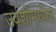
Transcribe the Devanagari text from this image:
उर्वशीमधील